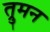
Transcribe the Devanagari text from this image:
त्रुमन